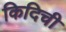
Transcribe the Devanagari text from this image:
किदिची